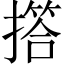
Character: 撘